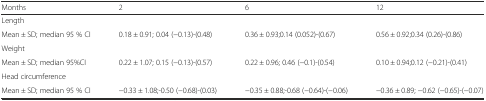
| Months | 2 | 6 | 12 |
 | --- | --- | --- | --- |
 | <COLSPAN=4> Length |
 | Mean ± SD; median 95 % CI | 0.18 ± 0.91; 0.04 (−0.13)-(0.48) | 0.36 ± 0.93;0.14 (0.052)-(0.67) | 0.56 ± 0.92;0.34 (0.26)-(0.86) |
 | <COLSPAN=4> Weight |
 | Mean ± SD; median 95%CI | 0.22 ± 1.07; 0.15 (−0.13)-(0.57) | 0.22 ± 0.96; 0.46 (−0.1)-(0.54) | 0.10 ± 0.94;0.12 (−0.21)-(0.41) |
 | <COLSPAN=4> Head circumference |
 | Mean ± SD; median 95 % CI | −0.33 ± 1.08;-0.50 (−0.68)-(0.03) | −0.35 ± 0.88;-0.68 (−0.64)-(−0.06) | −0.36 ± 0.89; −0.62 (−0.65)-(−0.07) |